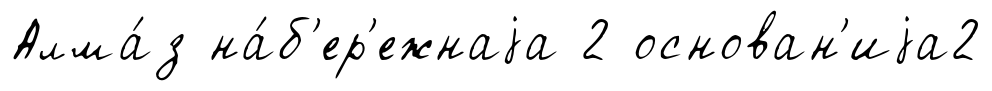
Алма́з на́б'ер'ежнаjа 2 основан'иjа2